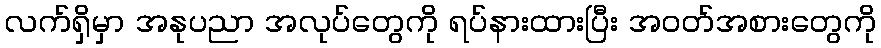
လက်ရှိမှာ အနုပညာ အလုပ်တွေကို ရပ်နားထားပြီး အဝတ်အစားတွေကို